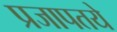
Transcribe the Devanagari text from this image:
प्रजापतये